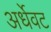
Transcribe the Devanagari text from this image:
अर्धेवट